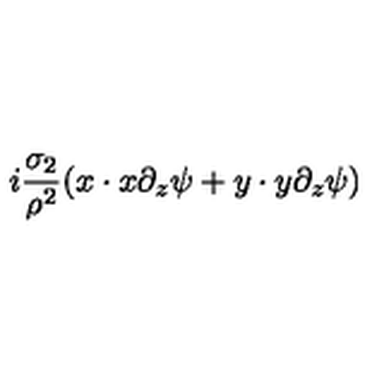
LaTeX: i \frac { \sigma _ { 2 } } { \rho ^ { 2 } } ( x \cdot x \partial _ { z } \psi + y \cdot y \partial _ { z } \psi )